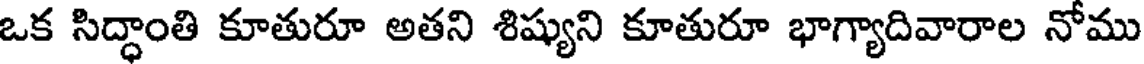
ఒక సిద్ధాంతి కూతురూ అతని శిష్యుని కూతురూ భాగ్యాదివారాల నోము